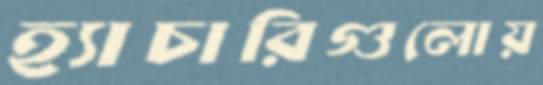
হ্যাচারিগুলোয়